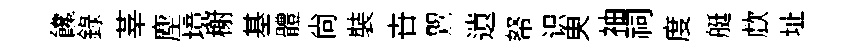
饞録莘麈境榭基體尙裝卋鸎遺帑识㬰袖祠度艇歔址